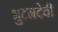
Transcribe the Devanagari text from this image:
भुटनदेवी